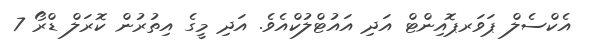
އެކްސެލް ޕަވަރޕޮއިންޓް އަދި އައުޓްލުކްއެވެ. އަދި މީގެ އިތުރުން ކޮރަލް ޑްރޯ 7